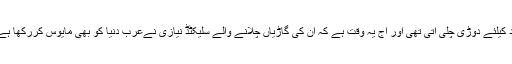
ان کا کہنا تھا کہ میاں محمد نواز شریف کے ایک اشارے پر عرب دنیا پاکستان کی امداد کیلئے دوڑی چلی آتی تھی اور آج یہ وقت ہے کہ ان کی گاڑیاں چلانے والے سلیکٹڈ نیازی نےعرب دنیا کو بھی مایوس کررکھا ہے اور کوئی اہم مسلمان ملک اس وقت پاکستانی قیادت سے بات کرنے کو تیار نہیں ہے ۔